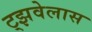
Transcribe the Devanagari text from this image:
ट्झवेलास